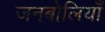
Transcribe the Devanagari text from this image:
जनबोलियाँ